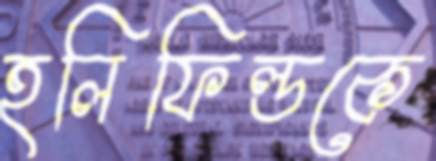
হলিফিল্ডকে